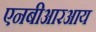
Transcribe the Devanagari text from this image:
एनबीआरआय